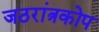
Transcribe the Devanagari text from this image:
जठरांत्रकोप